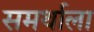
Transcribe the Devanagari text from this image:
समर्थाला